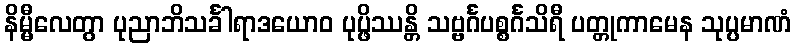
နိမ္မီလေတွာ ပုညာဘိသင်္ခါရာဒယောဝ ပုပ္ဖိဿန္တိ သဗ္ဗင်္ဂပစ္စင်္ဂသိရီ ပတ္တုကာမေန သုပ္ပမာဏံ